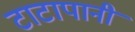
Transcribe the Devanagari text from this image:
टाटापानी